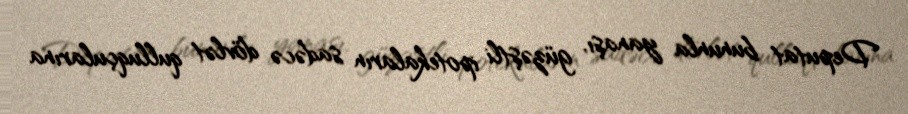
Deputat bununla yanaşı, güzəştli ipotekaların sadəcə dövlət qulluqçularına